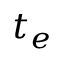
t _ { e }